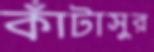
কাঁটাসুর